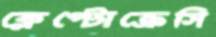
ক্লেপ্টোক্রেসি